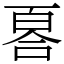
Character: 𠷡